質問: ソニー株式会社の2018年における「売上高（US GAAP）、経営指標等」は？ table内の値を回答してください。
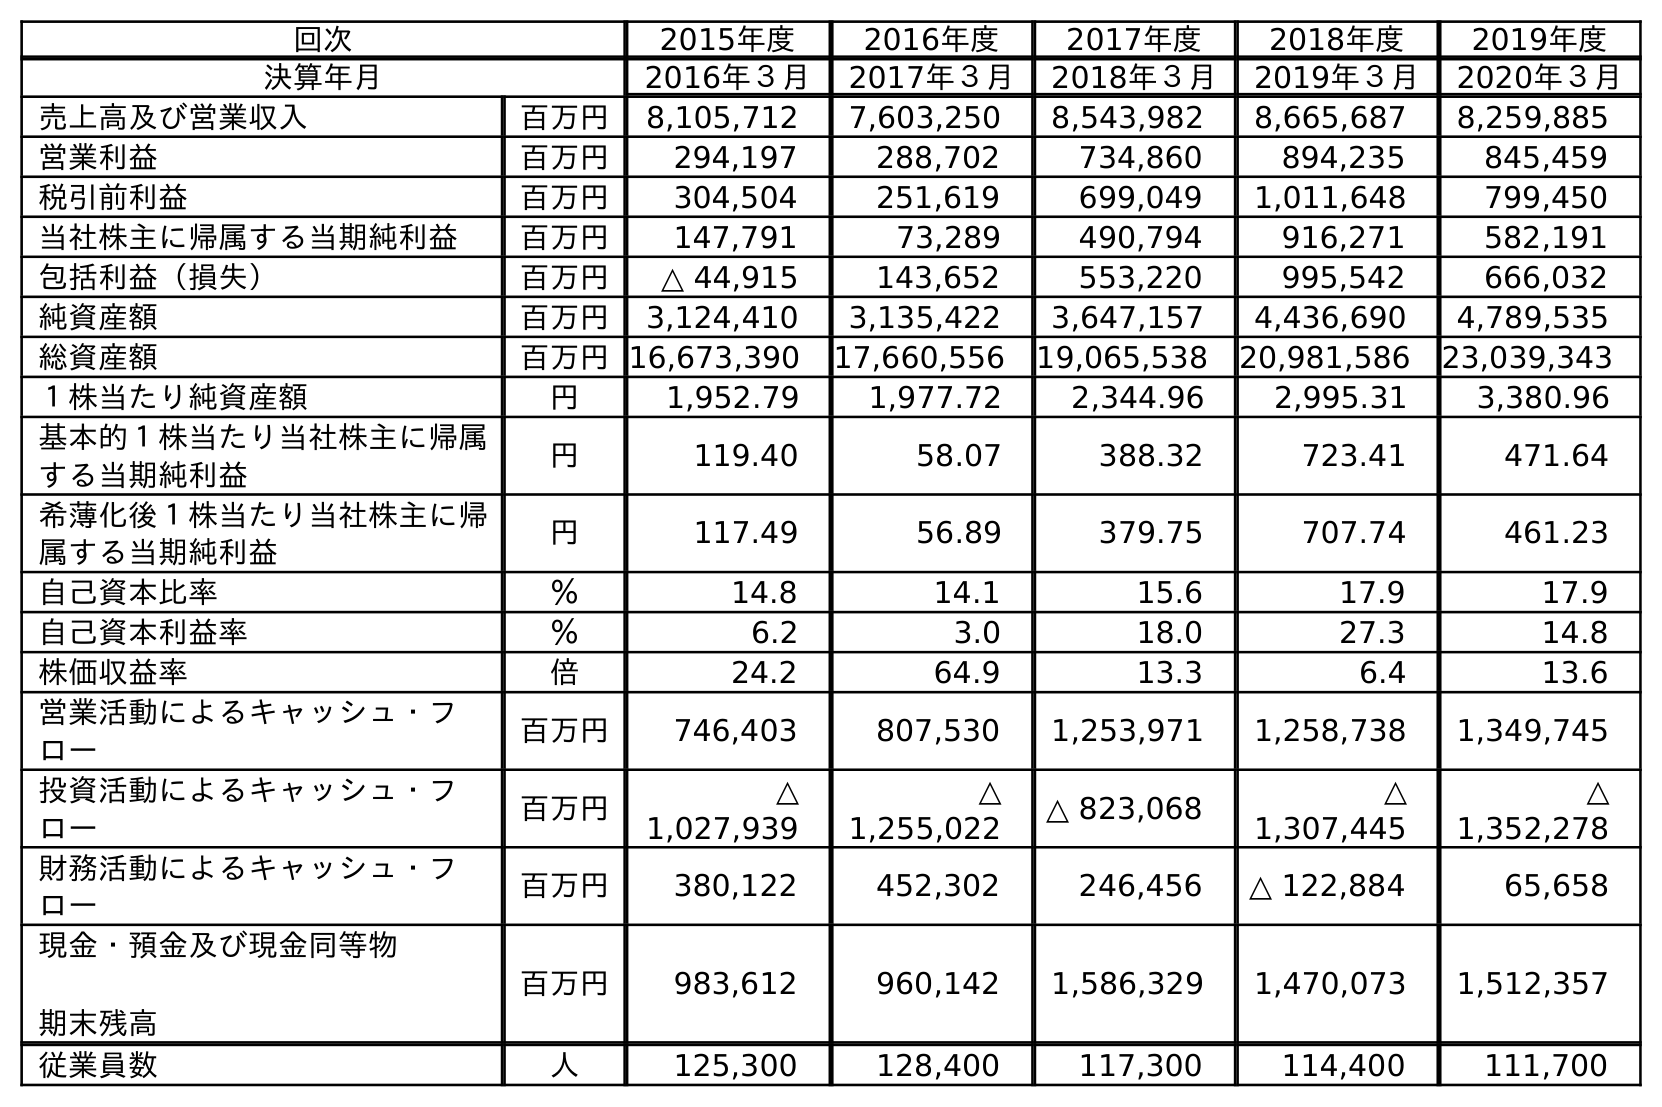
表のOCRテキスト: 回次 2015年度 2016年度 2017年度 2018年度 2019年度 決算年月 2016年３月 2017年３月 2018年３月 2019年３月 2020年３月 売上高及び営業収入 百万円 8,105,712 7,603,250 8,543,982 8,665,687 8,259,885 営業利益 百万円 294,197 288,702 734,860 894,235 845,459 税引前利益 百万円 304,504 251,619 699,049 1,011,648 799,450 当社株主に帰属する当期純利益 百万円 147,791 73,289 490,794 916,271 582,191 包括利益（損失） 百万円 △ 44,915 143,652 553,220 995,542 666,032 純資産額 百万円 3,124,410 3,135,422 3,647,157 4,436,690 4,789,535 総資産額 百万円16,673,390 17,660,556 19,065,538 20,981,586 23,039,343 １株当たり純資産額 円 1,952.79 1,977.72 2,344.96 2,995.31 3,380.96 基本的１株当たり当社株主に帰属 する当期純利益 円 119.40 58.07 388.32 723.41 471.64 希薄化後１株当たり当社株主に帰 属する当期純利益 円 117.49 56.89 379.75 707.74 461.23 自己資本比率 ％ 14.8 14.1 15.6 17.9 17.9 自己資本利益率 ％ 6.2 3.0 18.0 27.3 14.8 株価収益率 倍 24.2 64.9 13.3 6.4 13.6 営業活動によるキャッシュ・フ ロー 百万円 746,403 807,530 1,253,971 1,258,738 1,349,745 投資活動によるキャッシュ・フ ロー 百万円 △ 1,027,939 △ 1,255,022 △ 823,068 △ 1,307,445 △ 1,352,278 財務活動によるキャッシュ・フ ロー 百万円 380,122 452,302 246,456 △ 122,884 65,658 現金・預金及び現金同等物 期末残高 百万円 983,612 960,142 1,586,329 1,470,073 1,512,357 従業員数 人 125,300 128,400 117,300 114,400 111,700
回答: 8,543,982